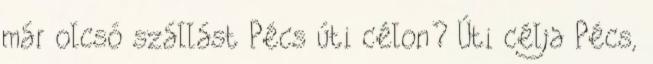
már olcsó szállást Pécs úti célon? Úti célja Pécs,